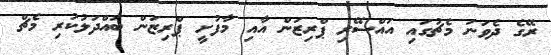
ރޭގެ ދެވަނަ މެޗުގައި އައްސޭރި ޕްރިޒަން އާއި މާފުށީ ޕްރިޒަން ބައްދަލުކުރި މެޗް